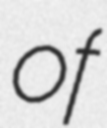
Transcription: of